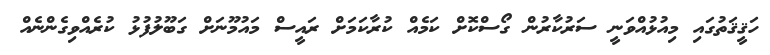
ހަޤީޤަތުގައި މިއުޅުއްވަނީ ސަރުކާރުން ގޯސްކޮށް ކަމެއް ކުރާކަމަށް ރައީސް މައުމޫނަށް ގަބޫލުފުޅު ކުރެއްވިގެންނެއް